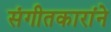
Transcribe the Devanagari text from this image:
संगीतकारांने